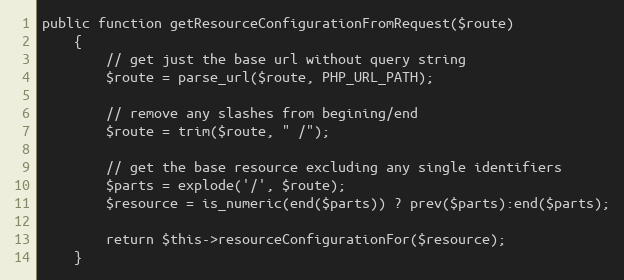
Language: PHP
public function getResourceConfigurationFromRequest($route)
    {
        // get just the base url without query string
        $route = parse_url($route, PHP_URL_PATH);

        // remove any slashes from begining/end
        $route = trim($route, " /");

        // get the base resource excluding any single identifiers
        $parts = explode('/', $route);
        $resource = is_numeric(end($parts)) ? prev($parts):end($parts);

        return $this->resourceConfigurationFor($resource);
    }